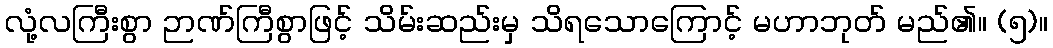
လုံ့လကြီးစွာ ဉာဏ်ကြီစွာဖြင့် သိမ်းဆည်းမှ သိရသောကြောင့် မဟာဘုတ် မည်၏။ (၅)။